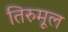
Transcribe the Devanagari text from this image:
तिरुमूल